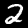
Digit: 2